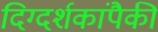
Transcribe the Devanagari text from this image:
दिग्दर्शकांपैकी